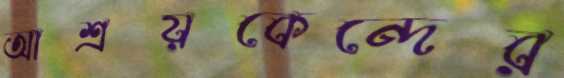
আশ্রয়কেন্দের